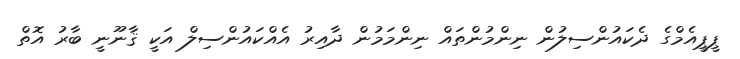
ޕީޕީއެމްގެ ދެކައުންސިލުން ނިންމުންތައް ނިންމަމުން ދާއިރު އެއްކައުންސިލް އަކީ ޤާނޫނީ ބާރު އޮތް